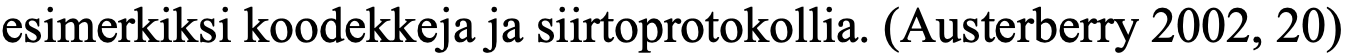
esimerkiksi koodekkeja ja siirtoprotokollia. (Austerberry 2002, 20)